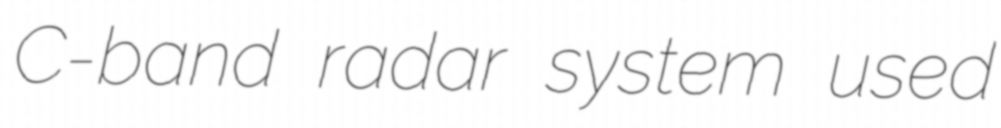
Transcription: C-band radar system used